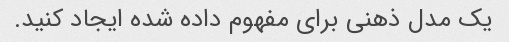
یک مدل ذهنی برای مفهوم داده شده ایجاد کنید.